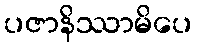
ပဇာနိဿာမိပေ